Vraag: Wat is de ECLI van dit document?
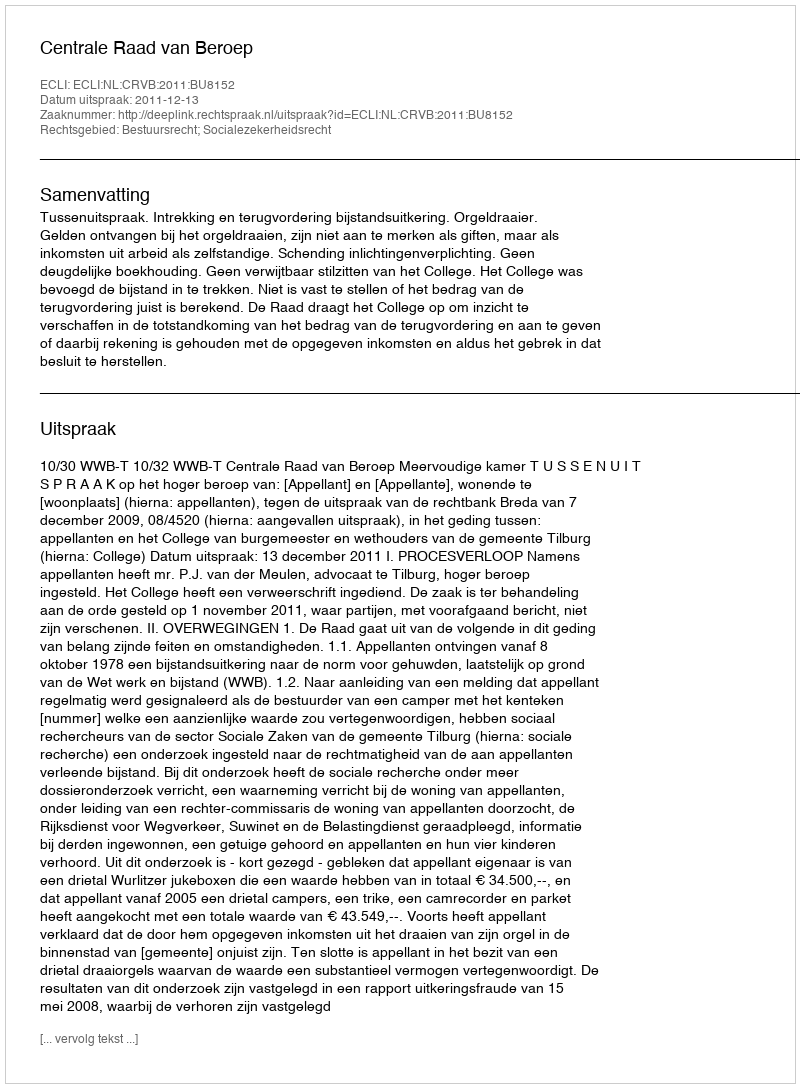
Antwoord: ECLI:NL:CRVB:2011:BU8152